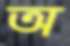
অ